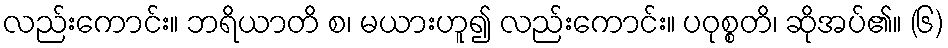
လည်းကောင်း။ ဘရိယာတိ စ၊ မယားဟူ၍ လည်းကောင်း။ ပဝုစ္စတိ၊ ဆိုအပ်၏။ (၆)